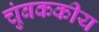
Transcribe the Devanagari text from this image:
चुंबककीय